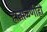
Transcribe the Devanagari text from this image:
हाताळणीही